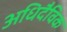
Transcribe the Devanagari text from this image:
अधिदैविक